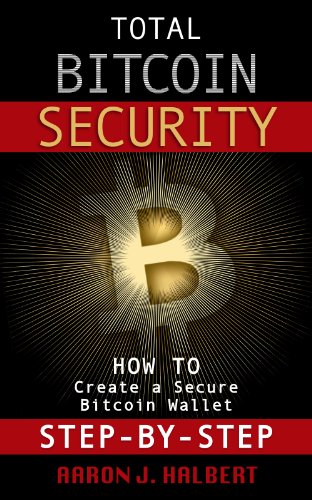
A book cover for Total Bitcoin Security: How to Create a Secure Bitcoin Wallet Step-by-Step; Aaron Halbert; Computers & Technology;